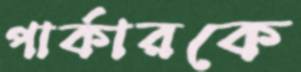
পার্কারকে